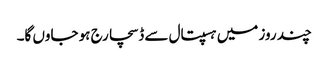
چند روز میں ہسپتال سے ڈسچارج ہو جاوں گا۔